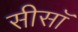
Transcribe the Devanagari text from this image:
सीसॉ